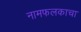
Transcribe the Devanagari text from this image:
नामफलकाचा